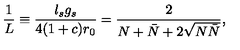
\frac { 1 } { L } \equiv \frac { l _ { s } g _ { s } } { 4 ( 1 + c ) r _ { 0 } } = \frac { 2 } { N + \bar { N } + 2 \sqrt { N \bar { N } } } ,